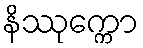
နိဿုက္ကော